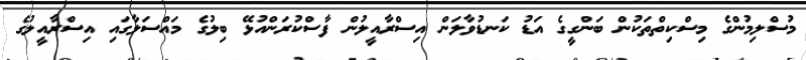
މުސްލިމުންގެ މިސްކިތްތަކުން ބަންގީގެ އަޑު ކަނޑުވާލަން އިސްރާއީލުން ފާސްކުރަންއުޅޭ ބިލުގެ މައްސަލާގައި އިސްރާއީލުގެ